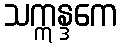
သဣန္ဒကေ